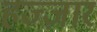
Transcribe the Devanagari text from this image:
हज्ज़ार